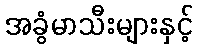
အခွံမာသီးများနှင့်